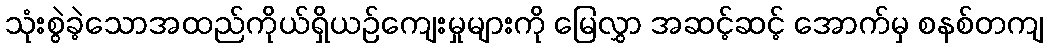
သုံးစွဲခဲ့သောအထည်ကိုယ်ရှိယဉ်ကျေးမှုများကို မြေလွှာ အဆင့်ဆင့် အောက်မှ စနစ်တကျ